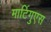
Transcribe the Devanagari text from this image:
मार्टिगुएस